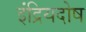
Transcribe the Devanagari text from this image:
इंद्रियदोष